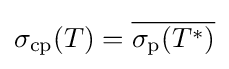
\sigma _{\mathrm {cp} }(T)={\overline {\sigma _{\mathrm {p} }(T^{*})}}